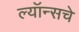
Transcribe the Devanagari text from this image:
ल्यॉन्सचे